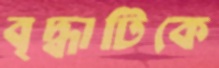
বৃদ্ধাটিকে